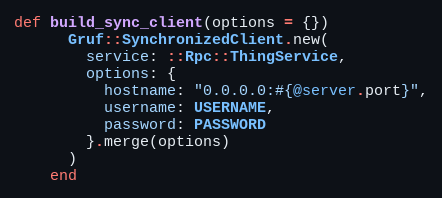
Language: Ruby
def build_sync_client(options = {})
      Gruf::SynchronizedClient.new(
        service: ::Rpc::ThingService,
        options: {
          hostname: "0.0.0.0:#{@server.port}",
          username: USERNAME,
          password: PASSWORD
        }.merge(options)
      )
    end